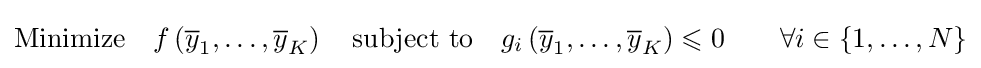
{\text{Minimize}}\quad f\left({\overline {y}}_{1},\ldots ,{\overline {y}}_{K}\right)\quad {\text{subject to}}\quad g_{i}\left({\overline {y}}_{1},\ldots ,{\overline {y}}_{K}\right)\leqslant 0\qquad \forall i\in \{1,\ldots ,N\}